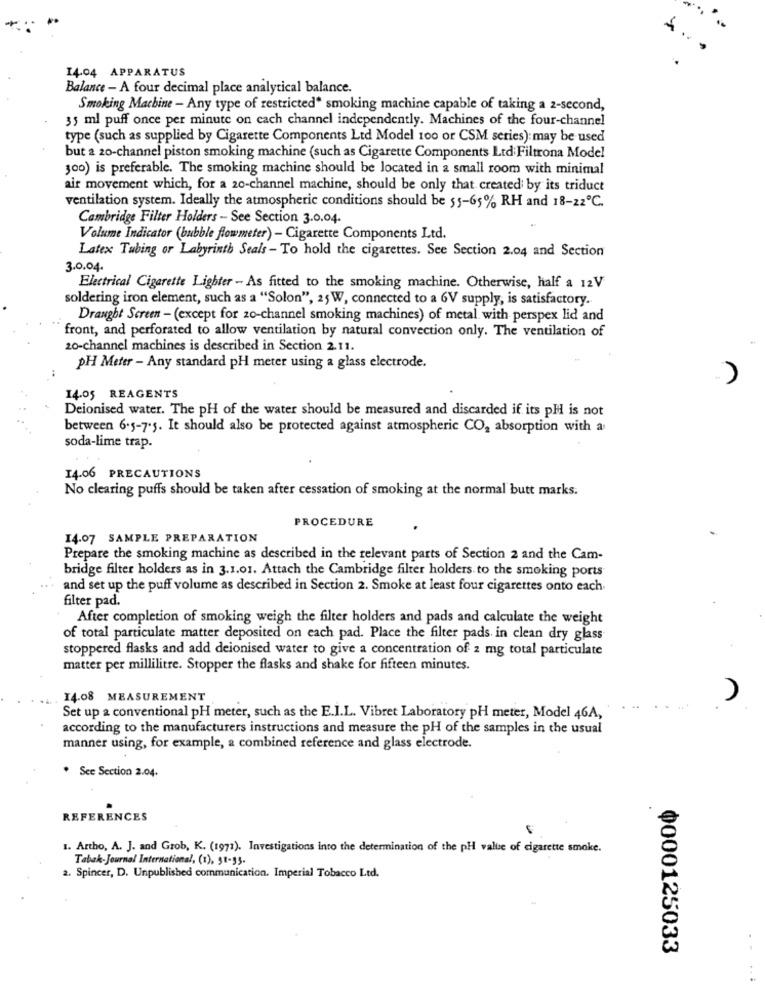
14.04 APPARATUS
Balance - A four decimal place analytical balance.
Smoking Machine - Any type of restricted" smoking machine capable of taking a 2-second,
35 ml puff once per minute on cach channel independently. Machines of the four-channel
type (such as supplied by Cigarette Components Ltd Model 100 or CSM series): may be used
but 2 20-channel piston smoking machine (such as Cigarette Components Ltd: Filtrona Model
300) is preferable. The smoking machine should be located in a small room with minimal
air movement which, for a 20-channel machine, should be only that created by its triduct
ventilation system. Ideally the atmospheric conditions should be 55-65% RH and 18-22℃.
Cambridge Filter Holders - See Section 3.0.04.
Volume Indicator (bubble flowmeter) - Cigarette Components Ltd.
Latex Tubing or Labyrinth Seals - To hold the cigarettes. See Section 2.04 and Section
3.0.04.
Electrical Cigarette Lighter - As fitted to the smoking machine. Otherwise, half a 12V
soldering iron element, such as a "Solon", 25 W, connected to a 6V supply, is satisfactory.
Draught Screen - (except for zo-channel smoking machines) of metal with perspex lid and
front, and perforated to allow ventilation by natural convection only. The ventilation of
20-channel machines is described in Section 2.11.
PH Meter - Any standard pH meter using a glass electrode.
14.05 REAGENTS
Deionised water. The pH of the water should be measured and discarded if its pH is not
between 6.5-7.5. It should also be protected against atmospheric CO, absorption with a
soda-lime trap.
14.06 PRECAUTIONS
No clearing puffs should be taken after cessation of smoking at the normal butt marks.
PROCEDURE
14.07 SAMPLE PREPARATION
Prepare the smoking machine as described in the relevant parts of Section 2 and the Cam-
bridge filter holders as in 3.1.01. Attach the Cambridge filter holders to the smoking ports
and set up the puff volume as described in Section 2. Smoke at least four cigarettes onto each
filter pad.
After completion of smoking weigh the filter holders and pads and calculate the weight
of total particulate matter deposited on each pad. Place the filter pads in clean dry glass
stoppered flasks and add deionised water to give a concentration of 2 mg total particulate
matter per millilitre. Stopper the flasks and shake for fifteen minutes.
14.08 MEASUREMENT
Set up a conventional pH meter, such as the E.I.L. Vibret Laboratory PH meter, Model 46A,
according to the manufacturers instructions and measure the pH of the samples in the usual
manner using, for example, a combined reference and glass electrode.
* See Section 2.04.
REFERENCES
1. Artho, A. J. and Grob, K. (1971). Investigations into the determination of the pH value of cigarette smoke.
Tabak-Journal International, (1), 51-35.
2. Spincer, D. Unpublished communication. Imperial Tobacco Ltd.
0000125033